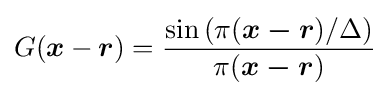
G({\boldsymbol {x}}-{\boldsymbol {r}})={\frac {\sin {(\pi ({\boldsymbol {x-r}})/\Delta )}}{\pi ({\boldsymbol {x-r}})}}